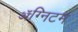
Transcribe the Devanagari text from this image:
ॲग्निटम